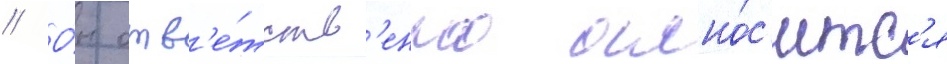
// О́н отв'е́тств'енно отно́с'итс'я